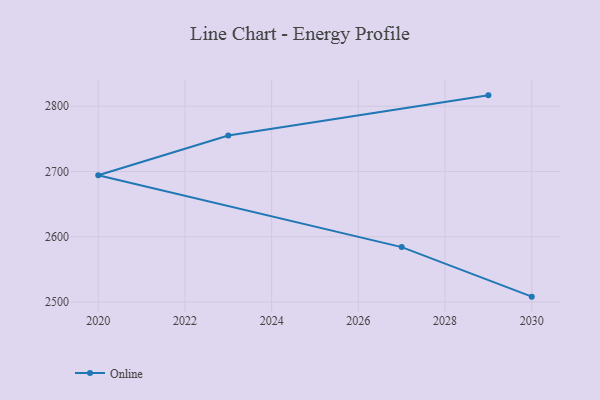
{"axis": {"x": "Year", "y": "Operating Costs (USD K)"}, "legend": ["Online"], "data": [{"x": "2030", "y": 2508.2, "type": "Online"}, {"x": "2027", "y": 2584.1, "type": "Online"}, {"x": "2020", "y": 2694.2, "type": "Online"}, {"x": "2023", "y": 2755.2, "type": "Online"}, {"x": "2029", "y": 2816.7, "type": "Online"}]}